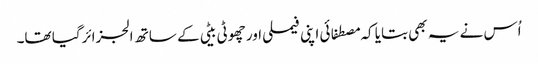
اُس نے یہ بھی بتایا کہ مصطفائی اپنی فیملی اور چھوٹی بیٹی کے ساتھ الجزائرگیا تھا۔